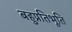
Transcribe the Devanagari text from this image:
बहुप्रतिभूति